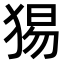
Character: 𤟍